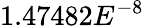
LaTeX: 1.47482E^{-8}